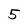
Character: 5